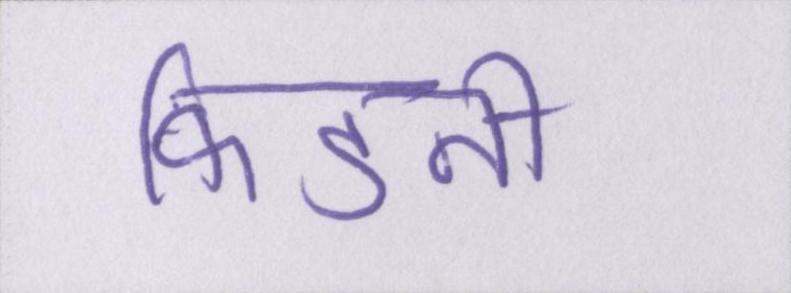
किडनी